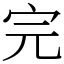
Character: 完